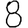
Digit: 8